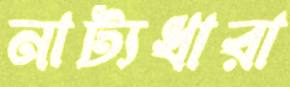
নাট্যধারা